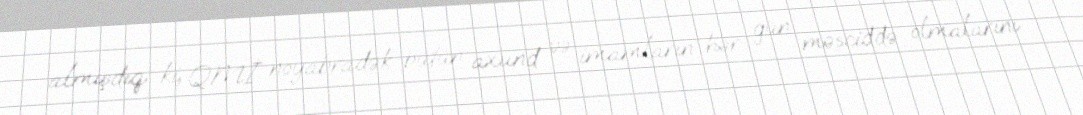
almışdıq ki, QMİ noyabradək bütün axund və imamların hər gün məsciddə olmalarını